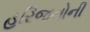
હરિજનોની